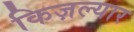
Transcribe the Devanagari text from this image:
किज़ल्यार